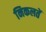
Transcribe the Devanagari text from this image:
निकलतें